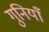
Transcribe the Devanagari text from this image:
गुनियाँ